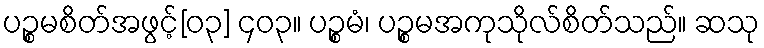
ပဉ္စမစိတ်အဖွင့်[၀၃] ၄၀၃။ ပဉ္စမံ၊ ပဉ္စမအကုသိုလ်စိတ်သည်။ ဆသု